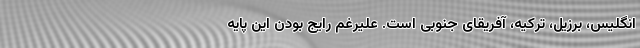
انگلیس، برزیل، ترکیه، آفریقای جنوبی است. علیرغم رایج بودن این پایه